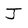
Character: J